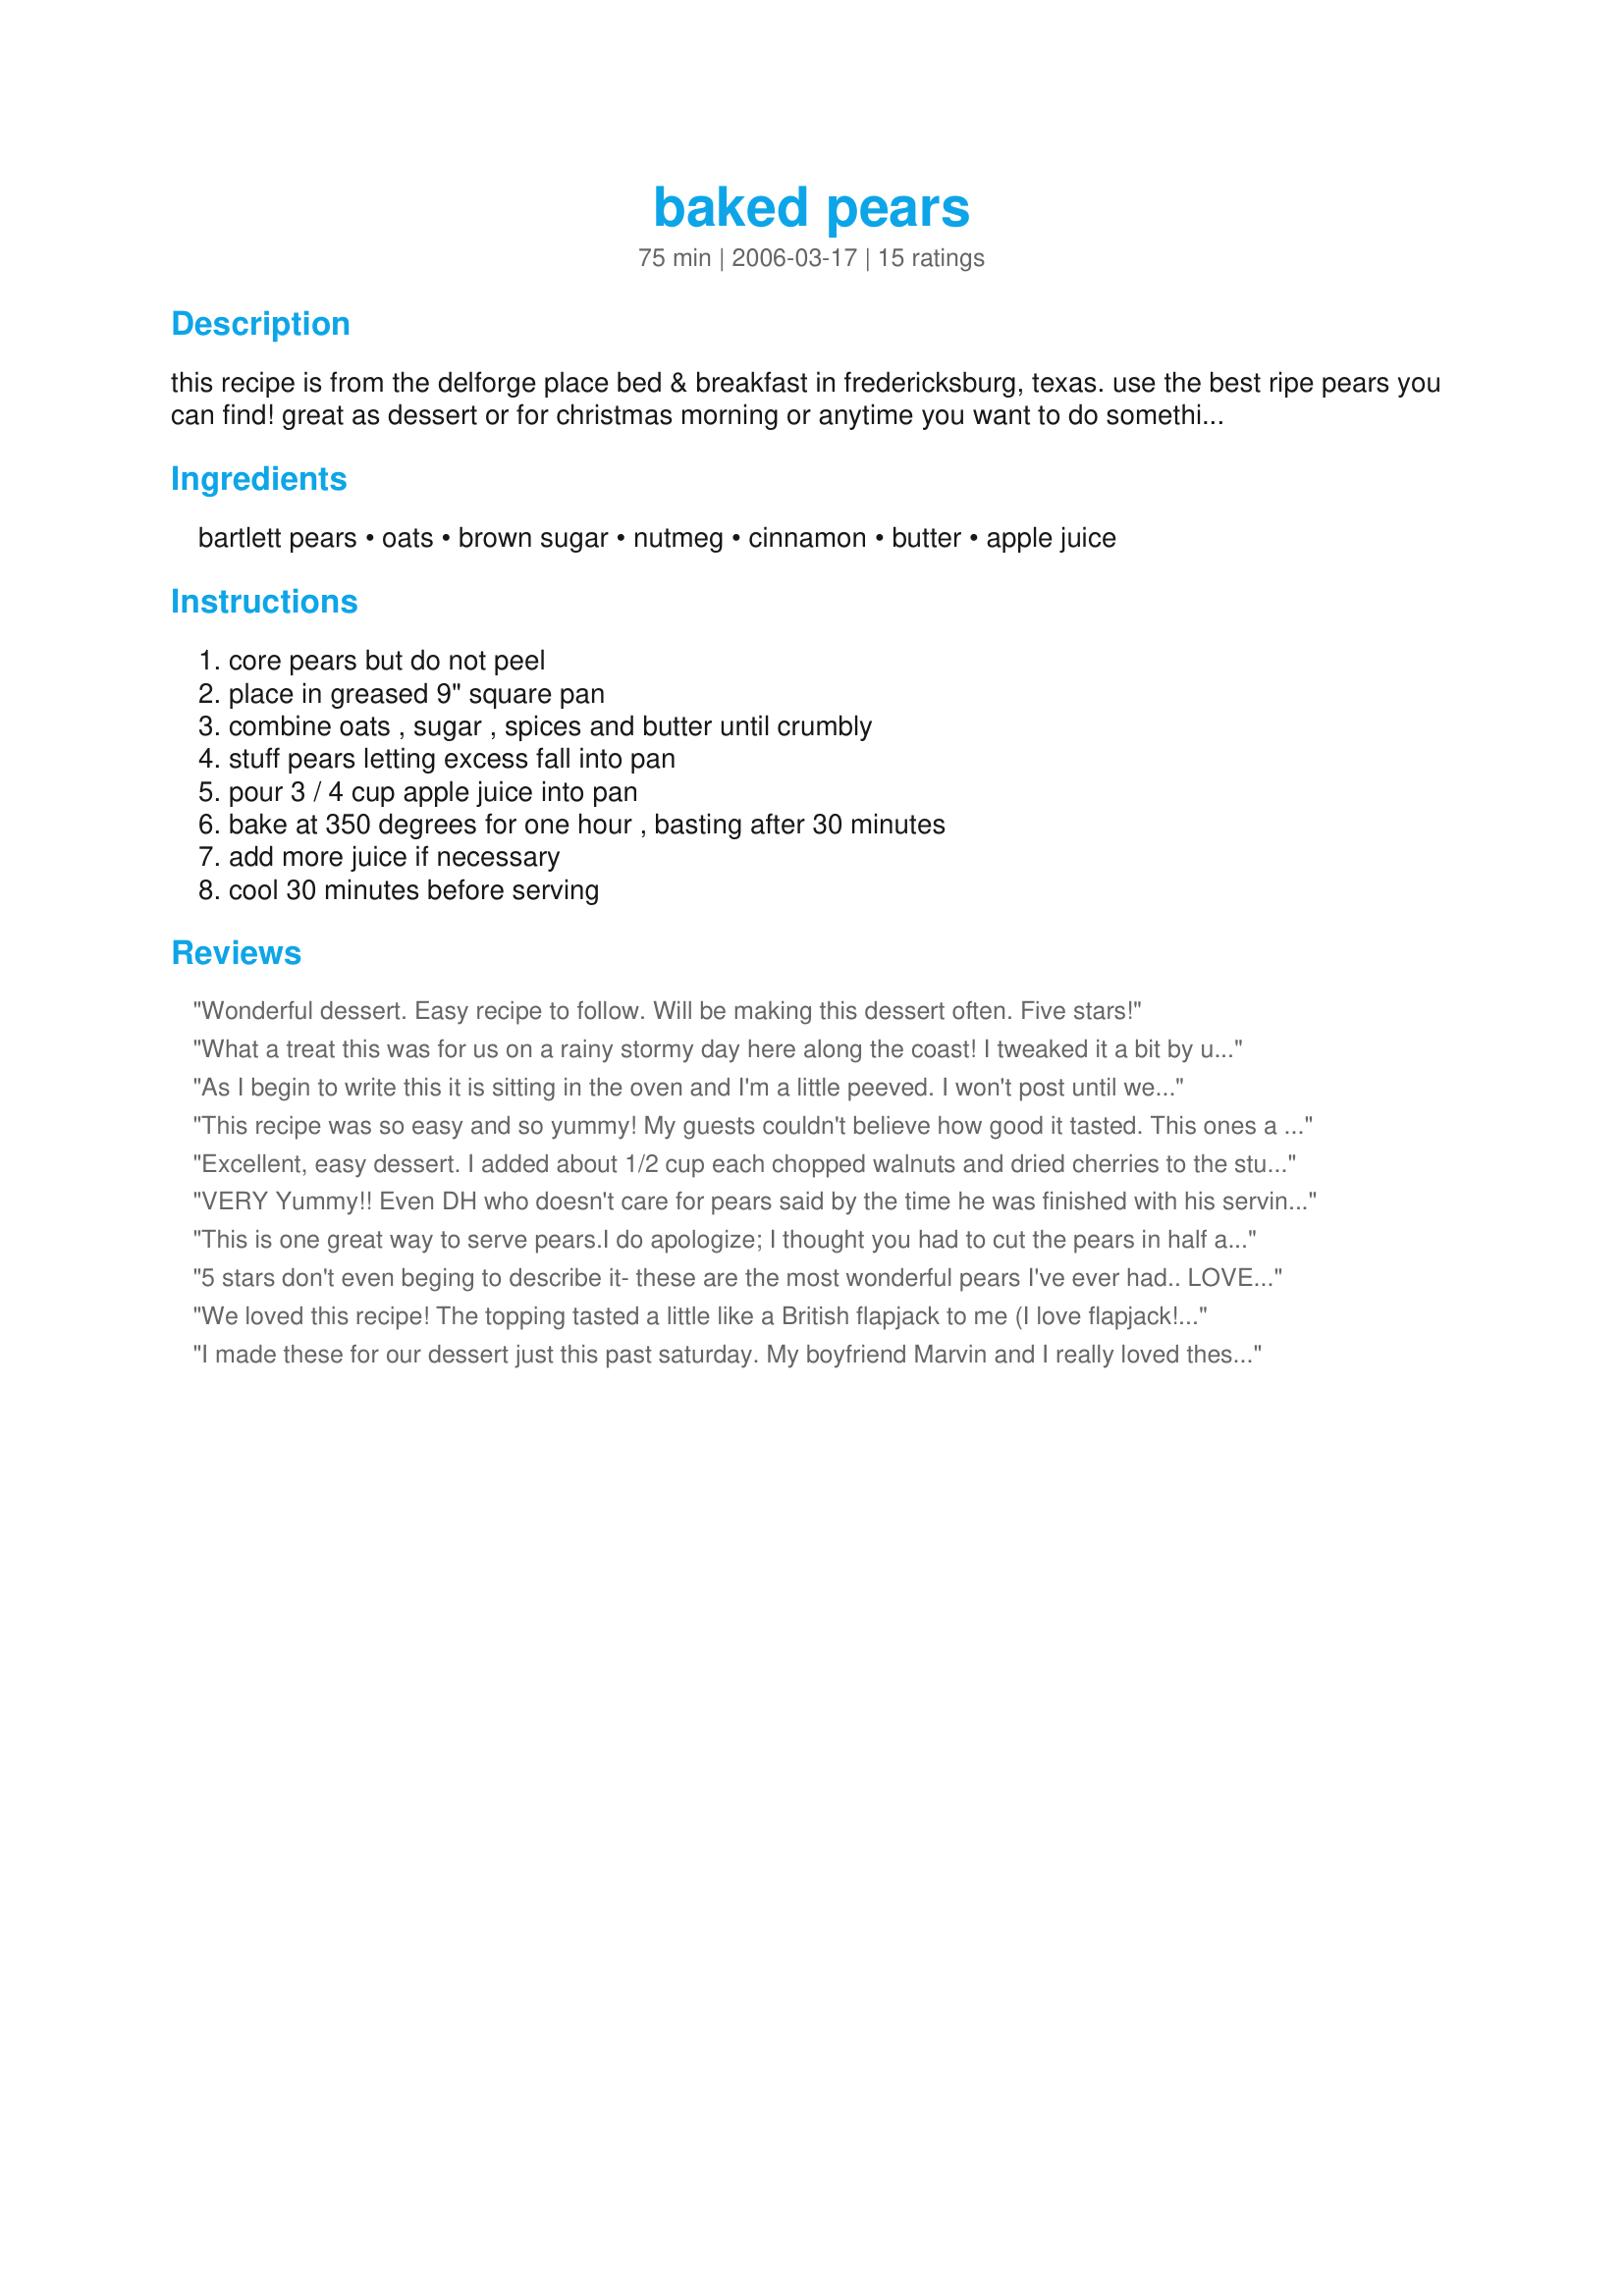
baked pears
Preparation time: 75 minutes

this recipe is from the delforge place bed & breakfast in fredericksburg, texas. use the best ripe pears you can find! great as dessert or for christmas morning or anytime you want to do something special for your friends and family.

Ingredients:
bartlett pears, oats, brown sugar, nutmeg, cinnamon, butter, apple juice

Steps:
core pears but do not peel, place in greased 9" square pan, combine oats , sugar , spices and butter until crumbly, stuff pears letting excess fall into pan, pour 3 / 4 cup apple juice into pan, bake at 350 degrees for one hour , basting after 30 minutes, add more juice if necessary, cool 30 minutes before serving

Reviews:
Wonderful dessert. Easy recipe to follow. Will be making this dessert often. Five stars!
What a treat this was for us on a rainy stormy day here along the coast! I tweaked it a bit by using 1/4 c. orange juice and filling the cup with water to make 1 c. liquid. I added half of the liquid mixture at the beginning and 3/4's through the baking time, I added only 1/4 c. What I did totally different was to drizzle 1/4 c. of heavy cream over the pears for the last ten baking minutes...yummy! Thanks for a keeper!
As I begin to write this it is sitting in the oven and I'm a little peeved. I won't post until we taste it. The top of the recipe clearly said &quot;Finished in 45 minutes.&quot; However the instructions call for a baking time of 1 hour and a cooling period of 30 minutes. This does not include prep. So this is not a 45 minute recipe but a 1 hour and 45 minute recipe. Why does Genius Kitchen and other similar sites insist in publishing these false times?? Now the review of the recipe. Very good. A little too sweet for my tastes but quite tasty.
This recipe was so easy and so yummy! My guests couldn't believe how good it tasted. This ones a keeper!
Excellent, easy dessert. I added about 1/2 cup each chopped walnuts and dried cherries to the stuffing. Yum!
VERY Yummy!! Even DH who doesn't care for pears said by the time he was finished with his serving thought they were delicious. I had 6 pears that needed to get used up quick so I halved and cored them. Buttered my baking dish and set them inside flesh side up. I increased the oats and brown sugar to 1 Cup, left the butter and nutmeg as written and added a heaping tablespoon of cinnamon. I had some leftover juice boxes from company a while back and used 1 Apple and Eve Apple Juice box. It was just shy of 1 cup but I think the amount was perfect. The only thing I would do differently next time is reduce the butter, maybe by half since I used butter to grease the dish. Overall, a very successful dessert and beautiful presentation!
This is one great way to serve pears.I do apologize; I thought you had to cut the pears in half as you can see.I made the recipe with 2 pears cut down on the liquid to 1/3 cup; added a few almonds.Excellent taste; thank you for sharing;we have enough for 2 desserts for 2.
5 stars don't even beging to describe it- these are the most wonderful pears I've ever had.. LOVE THEM. Thanks
We loved this recipe! The topping tasted a little like a British flapjack to me (I love flapjack!). The flavours of the pears and the topping blended together so beautifully we'll definitely make this often. With low fat butter and Splenda brown sugar, this recipe has 5 Weight Watchers points per serving/ whole pear. Made for ZWT6.
I made these for our dessert just this past saturday. My boyfriend Marvin and I really loved these. I didn't have any apple juice on hand, so I had to use apple cider. I couldn't find the bartlett pears at my grocery store. They only had Bosc and Deanjou. I chose the Bosc pears, and they held up very well, in fact they were still hard in the middle after baking for an hour. So the next time I make these, I will look for the bartlett pears. I am new at cooking and especially baking different things. This was a wonderful dessert, it wasn't heavy like most dessert but very light and filling, thank you so much for posting. Marvin and I both thank you. Melody A./Lansing, Illinois
WOWEE! This is soooooooooo good! I rarely have fresh pears but did buy 4 bartletts and let them get nice and ripe. I made it as directed using rolled oats and only 4T of Splenda brown sugar blend. I only needed to use the first 3/4 cup of apple juice and the pan was full of juice at the end. This was very sweet but I reallllllllly enjoyed it hot with Cool Whip Lite. Thanks for this AMAZING KEEPER recipe! Made for the Beverage tag game.
these are so delicious!! only thing i did different was to heap a bunch of the mixture on the top of the pears. that resulted in a lovely crispy crust on top. i'll be making these all winter! thanks so much!
Yummy and a perfect dessert for a cold winter night! I served them with two small scoops of vanilla ice cream.
This dessert was fabulous. I made it with dinner tonight, and my dinner partner thought it was fancy enough to be served at a restaurant. I followed the recipe, coring the pears and standing them up, and it baked up beautifully. I did only make 2 pears, and cut the oats & brown sugar to 1/2 cup each, butter to 3 tablespoons and apple juice to 1/2 cup initially with 1/4 cup more for basting. Nice enough to serve for a fancy dinner party!
Delicious dessert! I cut the butter in half, next time I would decrease the amount of juice too. Drizzled a little maple syrup over these and served with low fat vanilla ice cream - definitely company worthy!
